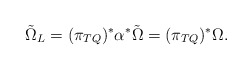
\begin{align*}\tilde \Omega _L = (\pi_{TQ})^* \alpha^* \tilde \Omega = (\pi_{TQ})^* \Omega.\end{align*}